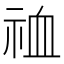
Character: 𫀉